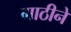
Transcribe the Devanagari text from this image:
गाठीने